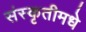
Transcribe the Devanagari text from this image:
संस्कृतीमधे